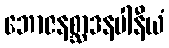
ဘောဇနစ္ဆာဒနပါနီယံ